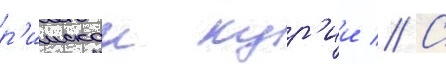
р'имскои кур'ии // С